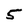
Character: 5